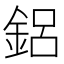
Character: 鋁